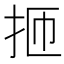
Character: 㧜